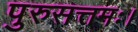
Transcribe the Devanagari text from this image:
पुरुसत्तमः।